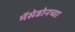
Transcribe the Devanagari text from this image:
मॅसेडोनच्या